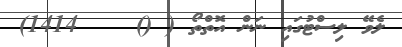
ލެވޭ ލިސްޓުގައި ނަން އޮތްތޯ ( ()    1414)